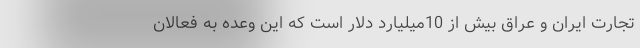
تجارت ایران و عراق بیش از 10میلیارد دلار است که این وعده به فعالان